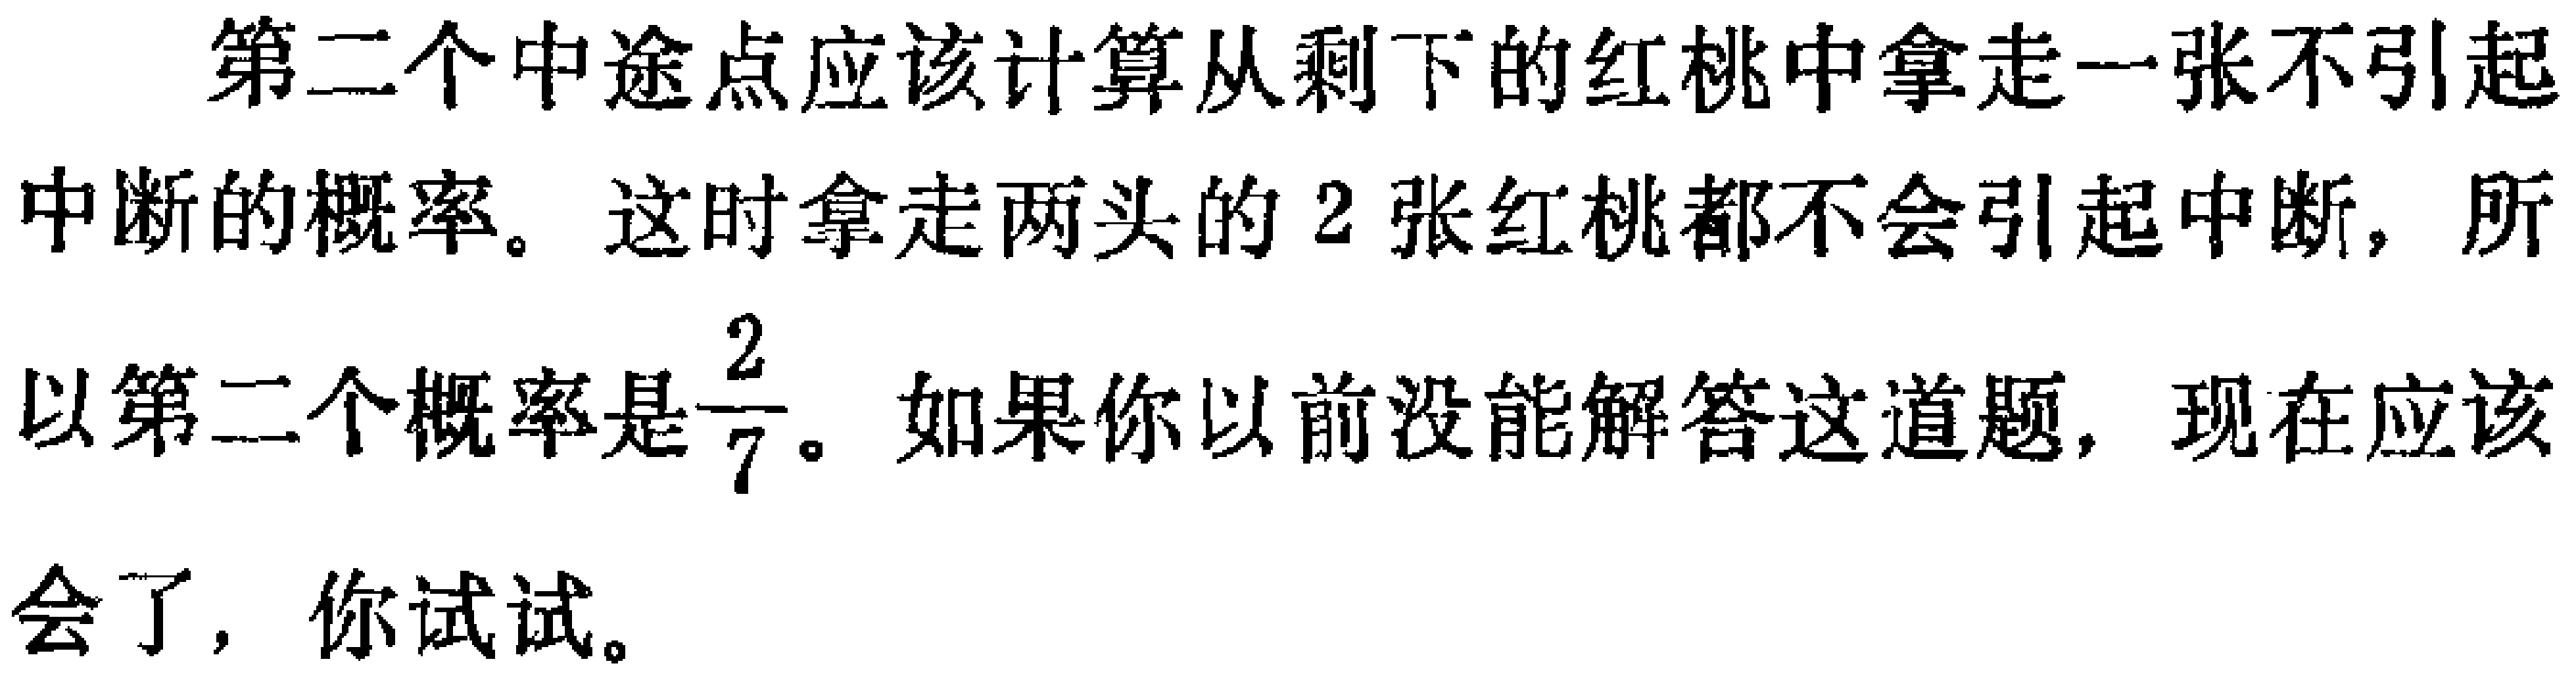
第二个中途点应该计算从剩下的红桃中拿走一张不引起中断的概率。这时拿走两头的 \(2\) 张红桃都不会引起中断，所以第二个概率是\(\frac{2}{7}\)。如果你以前没能解答这道题，现在应该会了，你试试。